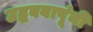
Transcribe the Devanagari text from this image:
उद्धवबापूंनी